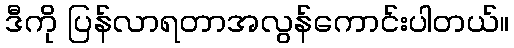
ဒီကို ပြန်လာရတာအလွန်ကောင်းပါတယ်။